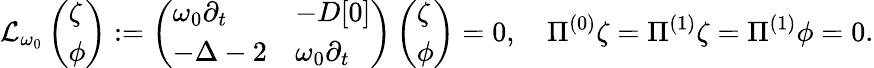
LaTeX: \mathcal{L}_{\omega_{0}}\left(\begin{array}{l}{\zeta}\\ {\phi}\end{array}\right):=\left(\begin{array}{ll}{\omega_{0}\partial_{t}}&{-D[0]}\\ {-\Delta-2}&{\omega_{0}\partial_{t}}\end{array}\right)\left(\begin{array}{l}{\zeta}\\ {\phi}\end{array}\right)=0,\quad\Pi^{(0)}\zeta=\Pi^{(1)}\zeta=\Pi^{(1)}\phi=0.